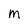
Character: M